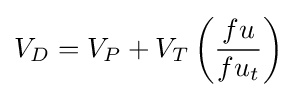
{V_{D}}={V_{P}}+{V_{T}}\left({\frac {fu}{fu_{t}}}\right)